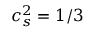
c _ { s } ^ { 2 } = 1 / 3